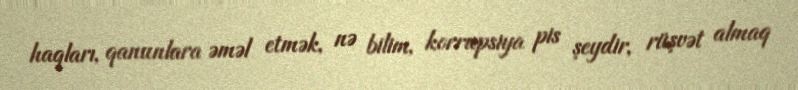
haqları, qanunlara əməl etmək, nə bilim, korrupsiya pis şeydir, rüşvət almaq